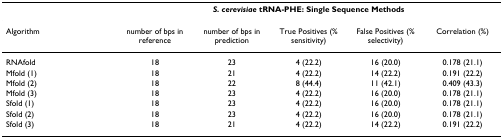
<table><thead><tr><td></td><td colspan="5"><b><i>S. cerevisiae </i>tRNA-PHE: Single Sequence Methods</b></td></tr></thead><tbody><tr><td>Algorithm</td><td>number of bps in reference</td><td>number of bps in prediction</td><td>True Positives (% sensitivity)</td><td>False Positives (% selectivity)</td><td>Correlation (%)</td></tr><tr><td>RNAfold</td><td>18</td><td>23</td><td>4 (22.2)</td><td>16 (20.0)</td><td>0.178 (21.1)</td></tr><tr><td>Mfold (1)</td><td>18</td><td>21</td><td>4 (22.2)</td><td>14 (22.2)</td><td>0.191 (22.2)</td></tr><tr><td>Mfold (2)</td><td>18</td><td>22</td><td>8 (44.4)</td><td>11 (42.1)</td><td>0.409 (43.3)</td></tr><tr><td>Mfold (3)</td><td>18</td><td>23</td><td>4 (22.2)</td><td>16 (20.0)</td><td>0.178 (21.1)</td></tr><tr><td>Sfold (1)</td><td>18</td><td>23</td><td>4 (22.2)</td><td>16 (20.0)</td><td>0.178 (21.1)</td></tr><tr><td>Sfold (2)</td><td>18</td><td>23</td><td>4 (22.2)</td><td>16 (20.0)</td><td>0.178 (21.1)</td></tr><tr><td>Sfold (3)</td><td>18</td><td>21</td><td>4 (22.2)</td><td>14 (22.2)</td><td>0.191 (22.2)</td></tr></tbody></table>